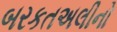
બરકતઅલીનો